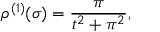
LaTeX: \rho ^ { ( 1 ) } ( \sigma ) = \frac { \pi } { t ^ { 2 } + \pi ^ { 2 } } ,